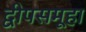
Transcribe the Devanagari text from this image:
द्वीपसमूहा